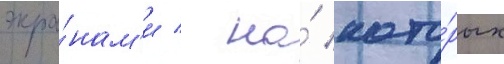
экра́нам'и / на́ кото́рых